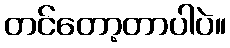
တင်တော့တာပါပဲ။